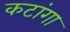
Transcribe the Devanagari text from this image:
कटांगा